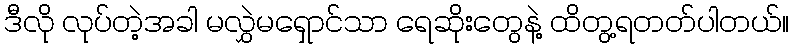
ဒီလို လုပ်တဲ့အခါ မလွှဲမရှောင်သာ ရေဆိုးတွေနဲ့ ထိတွ့ရတတ်ပါတယ်။